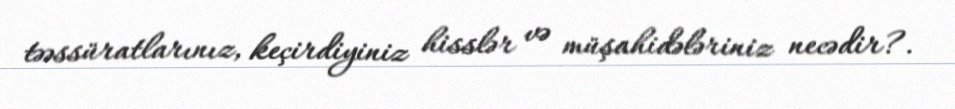
təəssüratlarınız, keçirdiyiniz hisslər və müşahidələriniz necədir?.